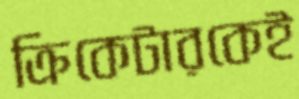
ক্রিকেটারকেই